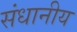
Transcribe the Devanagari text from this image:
संधानीय